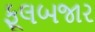
ફૂલબજાર